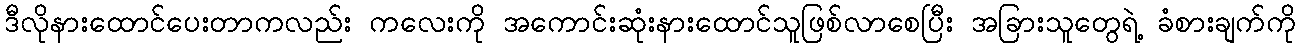
ဒီလိုနားထောင်ပေးတာကလည်း ကလေးကို အကောင်းဆုံးနားထောင်သူဖြစ်လာစေပြီး အခြားသူတွေရဲ့ ခံစားချက်ကို